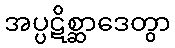
အပ္ပဋိစ္ဆာဒေတွာ